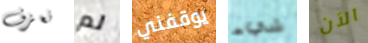
نعزف لم يوقفني شيء الآن